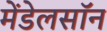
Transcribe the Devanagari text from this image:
मेंडेलसॉन